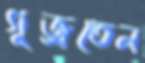
গুজ্‌রতেন